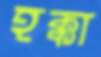
হক্কা